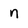
Character: n